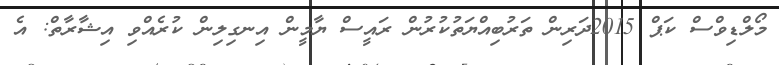
މޯލްޑިވްސް ކަޕް 2015ދަރިން ތަރުބިއްޔަތުކުރުން ރައީސް ޔާމީން އިނގިލިން ކުރެއްވި އިޝާރާތް: އެ